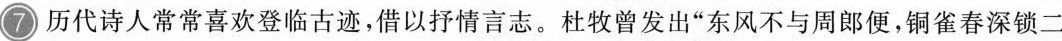
历代诗人常常喜欢登临古迹，借以抒情言志。杜牧曾发出”东风不与周郎便，铜雀春深锁二